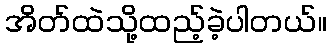
အိတ်ထဲသို့ထည့်ခဲ့ပါတယ်။